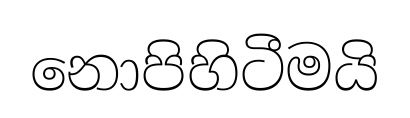
නොපිහිටීමයි